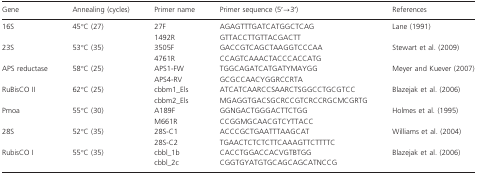
<table><thead><tr><td><b>Gene</b></td><td><b>Annealing (cycles)</b></td><td><b>Primer name</b></td><td><b>Primer sequence (5′→3′)</b></td><td><b>References</b></td></tr></thead><tbody><tr><td rowspan="2">16S</td><td rowspan="2">45°C (27)</td><td>27F</td><td>AGAGTTTGATCATGGCTCAG</td><td rowspan="2">Lane (1991)</td></tr><tr><td>1492R</td><td>GTTACCTTGTTACGACTT</td></tr><tr><td rowspan="2">23S</td><td rowspan="2">53°C (35)</td><td>3505F</td><td>GACCGTCAGCTAAGGTCCCAA</td><td rowspan="2">Stewart et al. (2009)</td></tr><tr><td>4761R</td><td>CCAGTCAAACTACCCACCATG</td></tr><tr><td rowspan="2">APS reductase</td><td rowspan="2">58°C (25)</td><td>APS1-FW</td><td>TGGCAGATCATGATYMAYGG</td><td rowspan="2">Meyer and Kuever (2007)</td></tr><tr><td>APS4-RV</td><td>GCGCCAACYGGRCCRTA</td></tr><tr><td rowspan="2">RuBisCO II</td><td rowspan="2">62°C (25)</td><td>cbbm1_Els</td><td>ATCATCAARCCSAARCTSGGCCTGCGTCC</td><td rowspan="2">Blazejak et al. (2006)</td></tr><tr><td>cbbm2_Els</td><td>MGAGGTGACSGCRCCGTCRCCRGCMCGRTG</td></tr><tr><td rowspan="2">Pmoa</td><td rowspan="2">55°C (30)</td><td>A189F</td><td>GGNGACTGGGACTTCTGG</td><td rowspan="2">Holmes et al. (1995)</td></tr><tr><td>M661R</td><td>CCGGMGCAACGTCYTTACC</td></tr><tr><td rowspan="2">28S</td><td rowspan="2">52°C (35)</td><td>28S-C1</td><td>ACCCGCTGAATTTAAGCAT</td><td rowspan="2">Williams et al. (2004)</td></tr><tr><td>28S-C2</td><td>TGAACTCTCTCTTCAAAGTTCTTTTC</td></tr><tr><td rowspan="2">RubisCO I</td><td rowspan="2">55°C (35)</td><td>cbbl_1b</td><td>CACCTGGACCACVGTBTGG</td><td rowspan="2">Blazejak et al. (2006)</td></tr><tr><td>cbbl_2c</td><td>CGGTGYATGTGCAGCAGCATNCCG</td></tr></tbody></table>